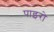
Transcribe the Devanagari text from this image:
पाइरो